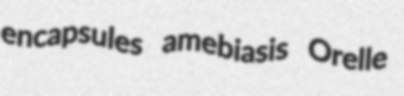
encapsules amebiasis Orelle